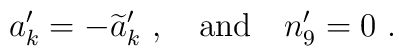
a_k^\prime = - {\widetilde a_k}^\prime\ , \ \ \ {\rm and} \ \ \ n_9^\prime = 0\ .